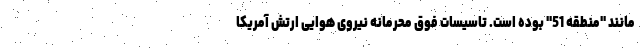
مانند "منطقه 51" بوده است. تاسیسات فوق محرمانه نیروی هوایی ارتش آمریکا